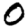
Digit: 0